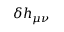
\delta h _ { \mu \nu }